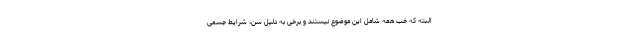
البته که خب همه شامل این موضوع نیستند و برخی به دلیل سن، شرایط جسمی